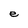
Character: e